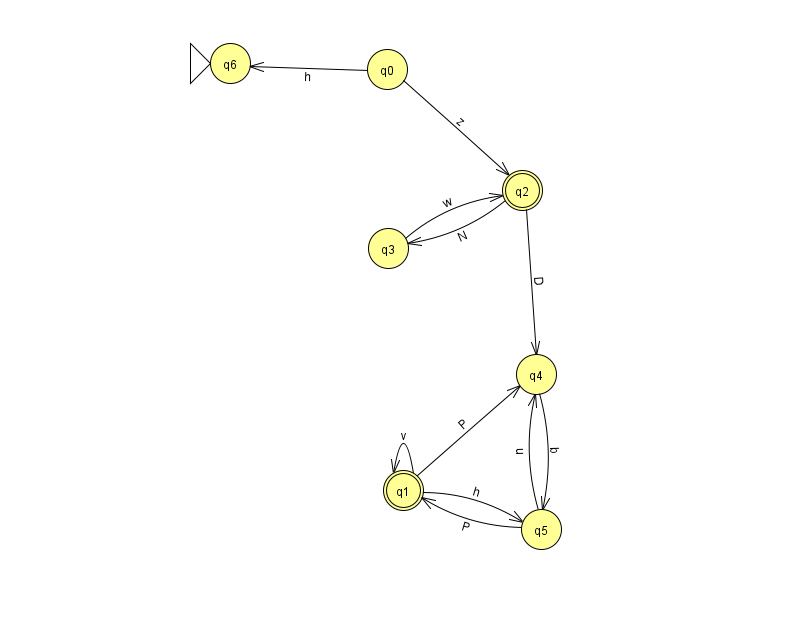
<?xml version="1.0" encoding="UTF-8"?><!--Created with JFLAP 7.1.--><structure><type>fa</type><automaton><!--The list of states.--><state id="0" name="q0"><x>387.0</x><y>56.0</y></state><state id="1" name="q1"><x>403.0</x><y>477.0</y><final/></state><state id="2" name="q2"><x>522.0</x><y>177.0</y><final/></state><state id="3" name="q3"><x>388.0</x><y>235.0</y></state><state id="4" name="q4"><x>536.0</x><y>361.0</y></state><state id="5" name="q5"><x>541.0</x><y>516.0</y></state><state id="6" name="q6"><x>230.0</x><y>50.0</y><initial/></state><!--The list of transitions.--><transition><from>2</from><to>3</to><read>N</read></transition><transition><from>0</from><to>6</to><read>h</read></transition><transition><from>5</from><to>1</to><read>P</read></transition><transition><from>1</from><to>1</to><read>v</read></transition><transition><from>2</from><to>4</to><read>D</read></transition><transition><from>3</from><to>2</to><read>w</read></transition><transition><from>5</from><to>4</to><read>u</read></transition><transition><from>1</from><to>4</to><read>P</read></transition><transition><from>0</from><to>2</to><read>z</read></transition><transition><from>1</from><to>5</to><read>h</read></transition><transition><from>4</from><to>5</to><read>b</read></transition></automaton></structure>